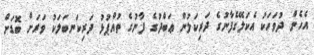
އެހެން ދުވަހަކު އެކަލޭގެފާނުގެ ދަރިކަލުން ޢަބްދުގެ ފާނުގެ ތުއްޕުޅު ދަރިކަނބަލަކު ވަރަށް ބޮޑަށް